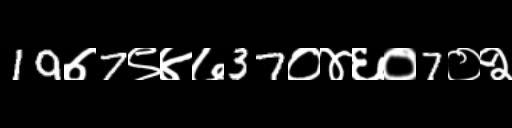
Text: 19७7९४७37०४६०7०२